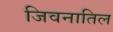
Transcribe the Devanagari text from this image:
जिवनातिल